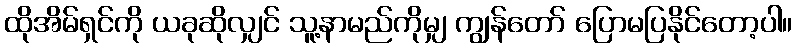
ထိုအိမ်ရှင်ကို ယခုဆိုလျှင် သူ့နာမည်ကိုမျှ ကျွန်တော် ပြောမပြနိုင်တော့ပါ။